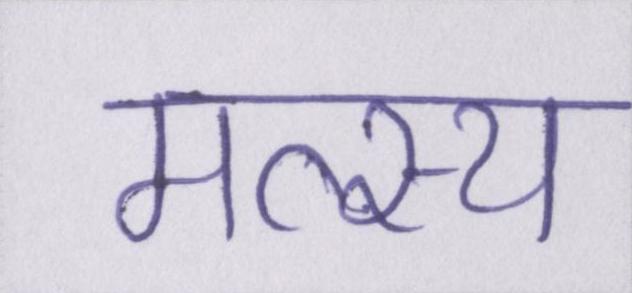
मत्स्य